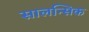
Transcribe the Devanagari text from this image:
सालन्सिक